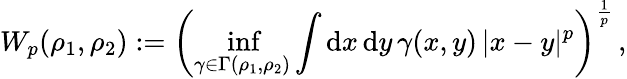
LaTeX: W_{p}(\rho_{1},\rho_{2}):=\left(\operatorname*{inf}_{\gamma\in\Gamma(\rho_{1},\rho_{2})}\int\mathrm{d}x\, \mathrm{d}y\, \gamma(x,y)\, |x-y|^{p}\right)^{\frac{{1}}{{p}}}\, ,